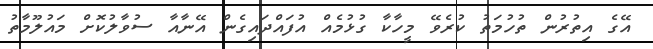
އޭގެ އިތުރުން ތުހުމަތު ކުރެވޭ މީހާކާ ގުޅުމެއް އުފައްދައިގެން އޭނާއާ ސުވާލުކޮށް މައުލޫމާތު